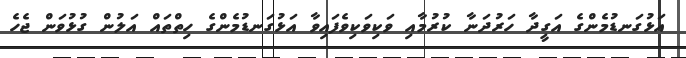
އަޅުގަނޑުމެންގެ އަގީދާ ހަރުދަނާ ކުރުމާއި ވަކިވަކިވެފައިވާ އަޅުގަނޑުމެންގެ ހިތްތައް އަލުން ގުޅުވަން ޖެހެ